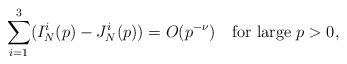
LaTeX: \begin{align*}\sum_{i=1}^3(I_N^i(p)-J_N^i(p))=O(p^{-\nu})\quad\mbox{for large } p>0,\end{align*}